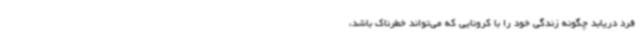
فرد دریابد چگونه زندگی خود را با کرونایی که می‌تواند خطرناک باشد،